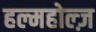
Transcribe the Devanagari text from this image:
हल्महोल्ज़